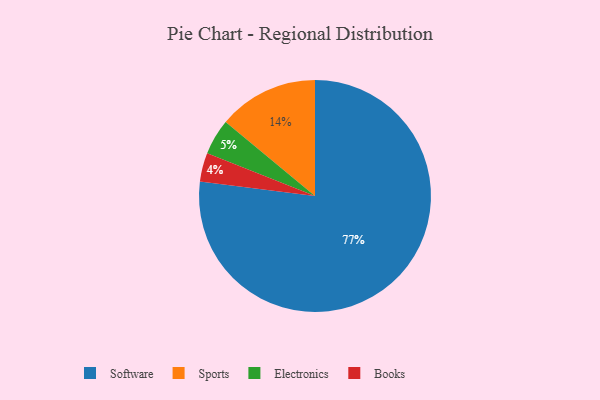
{"axis": {"x": "Category", "y": "Percentage"}, "legend": ["Books", "Electronics", "Software", "Sports"], "data": [{"x": "Sports", "y": 14, "type": "Sports"}, {"x": "Electronics", "y": 5, "type": "Electronics"}, {"x": "Software", "y": 77, "type": "Software"}, {"x": "Books", "y": 4, "type": "Books"}]}